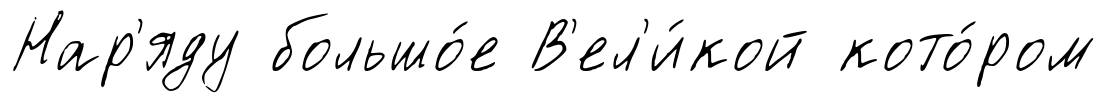
Нар'яду большо́е В'ел'и́кой кото́ром